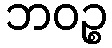
ဘဝဉ္စ